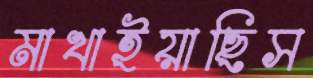
মাখাইয়াছিস